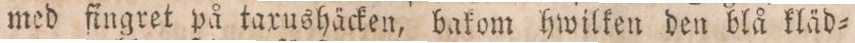
med fingret på taxushäcken, bakom hwilken den blå kläd=